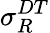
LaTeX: \sigma_{R}^{DT}